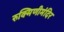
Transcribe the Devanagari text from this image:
रुक्मिणीमंदिर